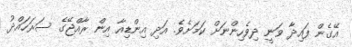
އޭގެން ފައިދާ ވަނީ ދިވެހިންނަށް ކަމަށެވެ. އަދި އިންޑިއާ އިން ރާއްޖޭގެ ސަރަހައްދު